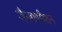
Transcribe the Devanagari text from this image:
जैनकमीशन